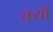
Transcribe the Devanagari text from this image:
चयो